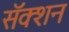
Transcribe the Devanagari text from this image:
सॅक्शन